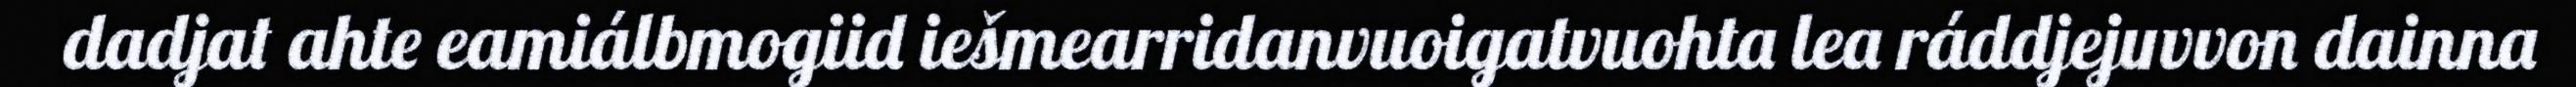
dadjat ahte eamiálbmogiid iešmearridanvuoigatvuohta lea ráddjejuvvon dainna